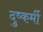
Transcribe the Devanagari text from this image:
दुष्कर्मी